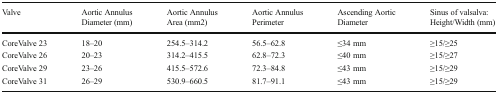
<table><thead><tr><td><b>Valve</b></td><td><b>Aortic Annulus Diameter (mm)</b></td><td><b>Aortic Annulus Area (mm2)</b></td><td><b>Aortic Annulus Perimeter</b></td><td><b>Ascending Aortic Diameter</b></td><td><b>Sinus of valsalva: Height/Width (mm)</b></td></tr></thead><tbody><tr><td>CoreValve 23</td><td>18–20</td><td>254.5–314.2</td><td>56.5–62.8</td><td>≤34 mm</td><td>≥15/≥25</td></tr><tr><td>CoreValve 26</td><td>20–23</td><td>314.2–415.5</td><td>62.8–72.3</td><td>≤40 mm</td><td>≥15/≥27</td></tr><tr><td>CoreValve 29</td><td>23–26</td><td>415.5–572.6</td><td>72.3–84.8</td><td>≤43 mm</td><td>≥15/≥29</td></tr><tr><td>CoreValve 31</td><td>26–29</td><td>530.9–660.5</td><td>81.7–91.1</td><td>≤43 mm</td><td>≥15/≥29</td></tr></tbody></table>